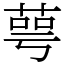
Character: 萼